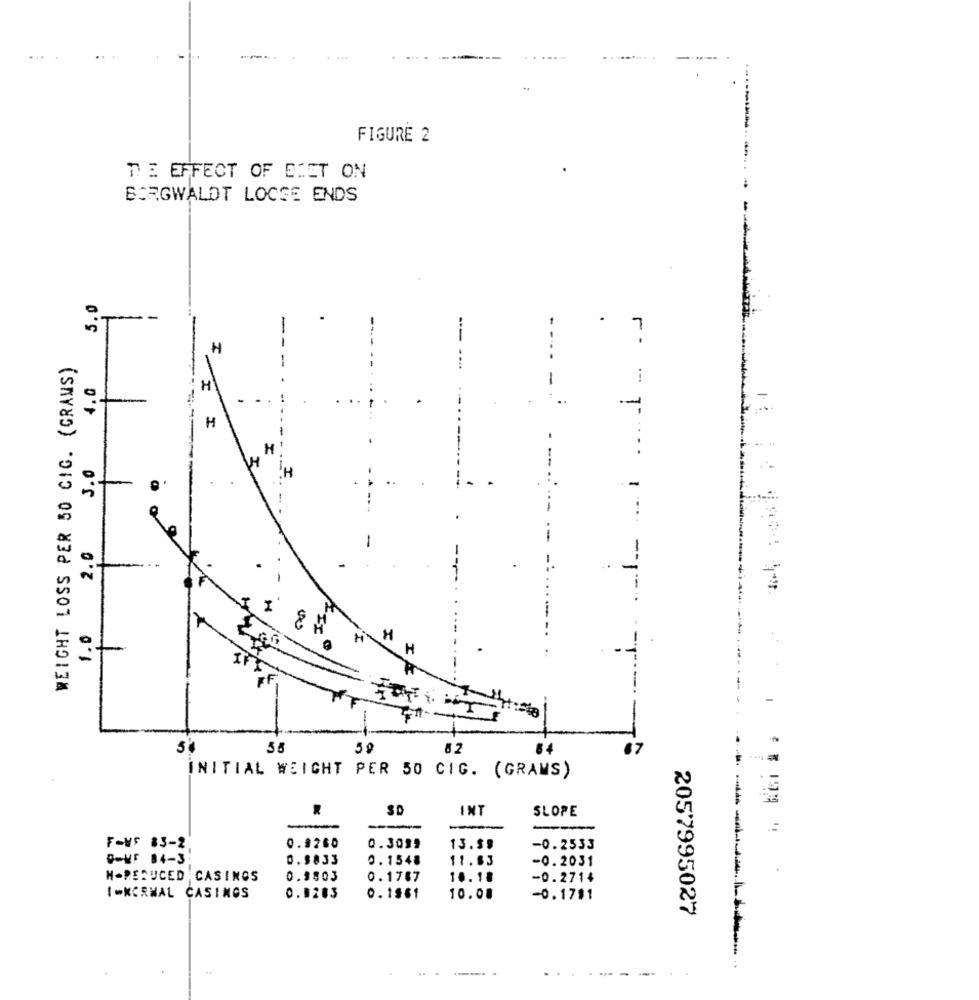
.....
.........
FIGURE 2
TE EFFECT OF EIET ON
BORGWALDT LOOSE ENDS
5.0
7
H
WEIGHT LOSS PER 50 CIG. (GRAMS)
-.
4.0
H
-
H
H
.H
it
2.0
I
1.0
H
H
55
50
INITIAL WEIGHT PER 50 CIG. (GRAMS)
SD
INT
SLOPE
-
F-MF 83-2
0.3260
0.3099
13.39
-0.2533
Q-VF 84-3.
0. 5833
0.1548
11.83
-0.2031
N-REDUCED CASINOS
0.3803
0.1787
10.18
-0.2714
1-KORMAL CASINOS
0.9283
0.1961
10.08
-0.1781
2057995027
---